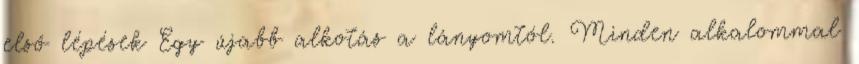
első lépések Egy újabb alkotás a lányomtól. Minden alkalommal